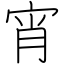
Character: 宵